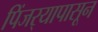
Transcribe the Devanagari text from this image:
पिंजर्‍यापासून